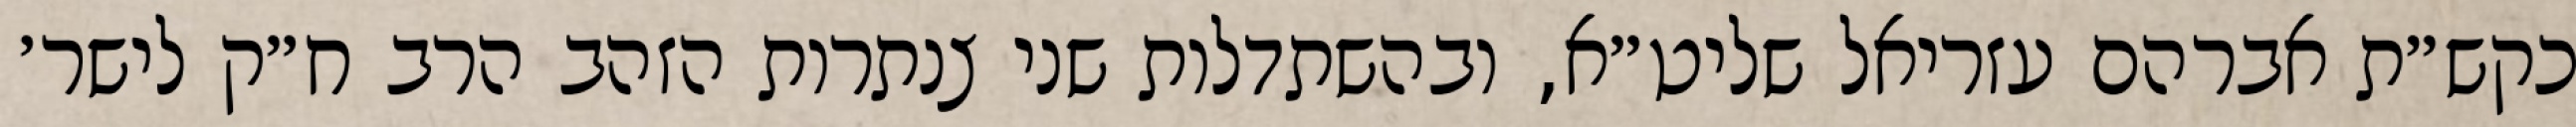
כקש״ת אברהם עזריאל שליט״א, ובהשתדלות שני צנתרות הזהב הרב ח״ק לישר׳